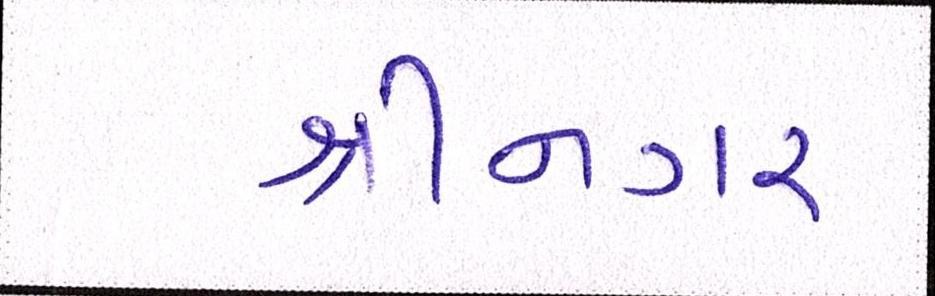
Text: શ્રીનગર